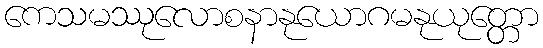
ကေသမဿုလောစနာနုယောဂမနုယုတ္တော